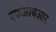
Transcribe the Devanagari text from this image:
एफआयआर